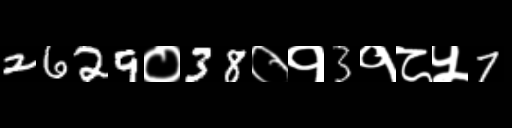
Text: 2629०38०१3१८५7